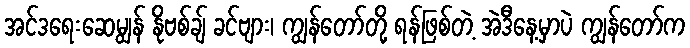
အင်ဒရေးဆေမျွန် နိုဗစ်ချ် ခင်ဗျား၊ ကျွန်တော်တို့ ရန်ဖြစ်တဲ့ အဲဒီနေ့မှာပဲ ကျွန်တော်က